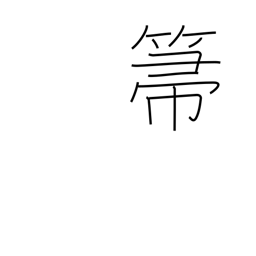
Meaning: broom